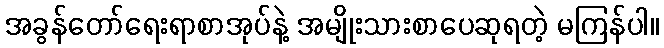
အခွန်တော်ရေးရာစာအုပ်နဲ့ အမျိုးသားစာပေဆုရတဲ့ မကြန်ပါ။